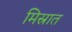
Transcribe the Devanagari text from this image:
मिस्रात